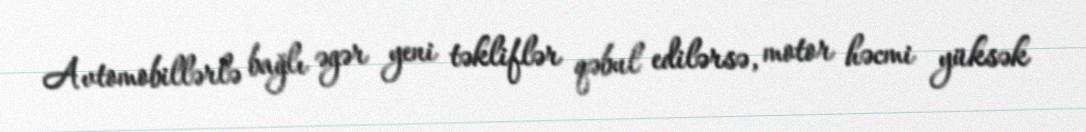
Avtomobillərlə bağlı əgər yeni təkliflər qəbul edilərsə, motor həcmi yüksək